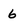
Character: 6